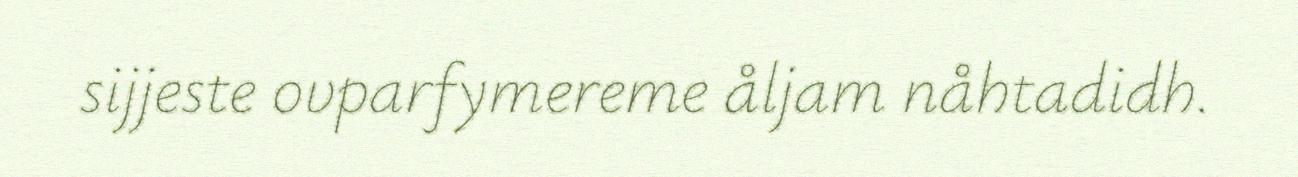
sijjeste ovparfymereme åljam nåhtadidh.